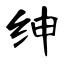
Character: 绅